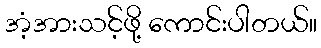
အံ့အားသင့်ဖို့ ကောင်းပါတယ်။